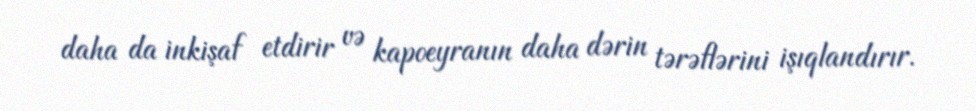
daha da inkişaf etdirir və kapoeyranın daha dərin tərəflərini işıqlandırır.